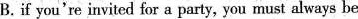
B.if you're invited for a party, you must always be